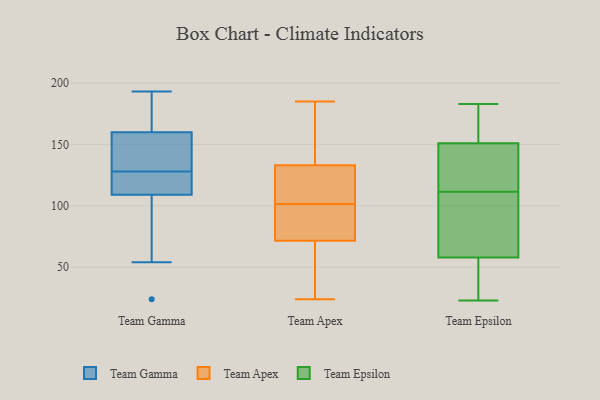
{"axis": {"x": "Waste Production (Tons)", "y": "Value"}, "legend": ["Team Apex", "Team Epsilon", "Team Gamma"], "data": [{"x": "", "y": 118, "type": "Team Gamma"}, {"x": "", "y": 161, "type": "Team Gamma"}, {"x": "", "y": 109, "type": "Team Gamma"}, {"x": "", "y": 24, "type": "Team Gamma"}, {"x": "", "y": 160, "type": "Team Gamma"}, {"x": "", "y": 132, "type": "Team Gamma"}, {"x": "", "y": 97, "type": "Team Gamma"}, {"x": "", "y": 54, "type": "Team Gamma"}, {"x": "", "y": 180, "type": "Team Gamma"}, {"x": "", "y": 117, "type": "Team Gamma"}, {"x": "", "y": 58, "type": "Team Gamma"}, {"x": "", "y": 185, "type": "Team Gamma"}, {"x": "", "y": 136, "type": "Team Gamma"}, {"x": "", "y": 130, "type": "Team Gamma"}, {"x": "", "y": 113, "type": "Team Gamma"}, {"x": "", "y": 193, "type": "Team Gamma"}, {"x": "", "y": 126, "type": "Team Gamma"}, {"x": "", "y": 140, "type": "Team Gamma"}, {"x": "", "y": 24, "type": "Team Apex"}, {"x": "", "y": 83, "type": "Team Apex"}, {"x": "", "y": 62, "type": "Team Apex"}, {"x": "", "y": 126, "type": "Team Apex"}, {"x": "", "y": 115, "type": "Team Apex"}, {"x": "", "y": 153, "type": "Team Apex"}, {"x": "", "y": 174, "type": "Team Apex"}, {"x": "", "y": 116, "type": "Team Apex"}, {"x": "", "y": 95, "type": "Team Apex"}, {"x": "", "y": 132, "type": "Team Apex"}, {"x": "", "y": 185, "type": "Team Apex"}, {"x": "", "y": 172, "type": "Team Apex"}, {"x": "", "y": 106, "type": "Team Apex"}, {"x": "", "y": 97, "type": "Team Apex"}, {"x": "", "y": 81, "type": "Team Apex"}, {"x": "", "y": 36, "type": "Team Apex"}, {"x": "", "y": 96, "type": "Team Apex"}, {"x": "", "y": 45, "type": "Team Apex"}, {"x": "", "y": 62, "type": "Team Apex"}, {"x": "", "y": 134, "type": "Team Apex"}, {"x": "", "y": 78, "type": "Team Epsilon"}, {"x": "", "y": 98, "type": "Team Epsilon"}, {"x": "", "y": 144, "type": "Team Epsilon"}, {"x": "", "y": 156, "type": "Team Epsilon"}, {"x": "", "y": 58, "type": "Team Epsilon"}, {"x": "", "y": 183, "type": "Team Epsilon"}, {"x": "", "y": 23, "type": "Team Epsilon"}, {"x": "", "y": 125, "type": "Team Epsilon"}, {"x": "", "y": 151, "type": "Team Epsilon"}, {"x": "", "y": 35, "type": "Team Epsilon"}]}